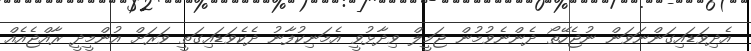
އެދިވަޑައިގަންނަވަން ނުޖެހޭތޯ ދެންނެވުމުން ޖަމީލް ވިދާޅުވީ އެމަނިކުފާނު ދެކެވަޑައިގަތީ ވަރަށް އުންމީދީ ރާއްޖެއެއް